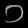
Digit: ၁